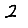
Digit: 2